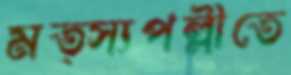
মত্স্যপল্লীতে